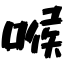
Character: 喉